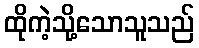
ထိုကဲ့သို့သောသူသည်